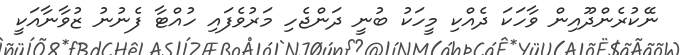
ނޭކުރެންދޫއިން ވާހަކަ ދެއްކި މީހަކު ބުނީ ދަންޖެހި މަރުވެފައި ހުއްޓާ ފެނުނު ޒުވާނާއަކީ